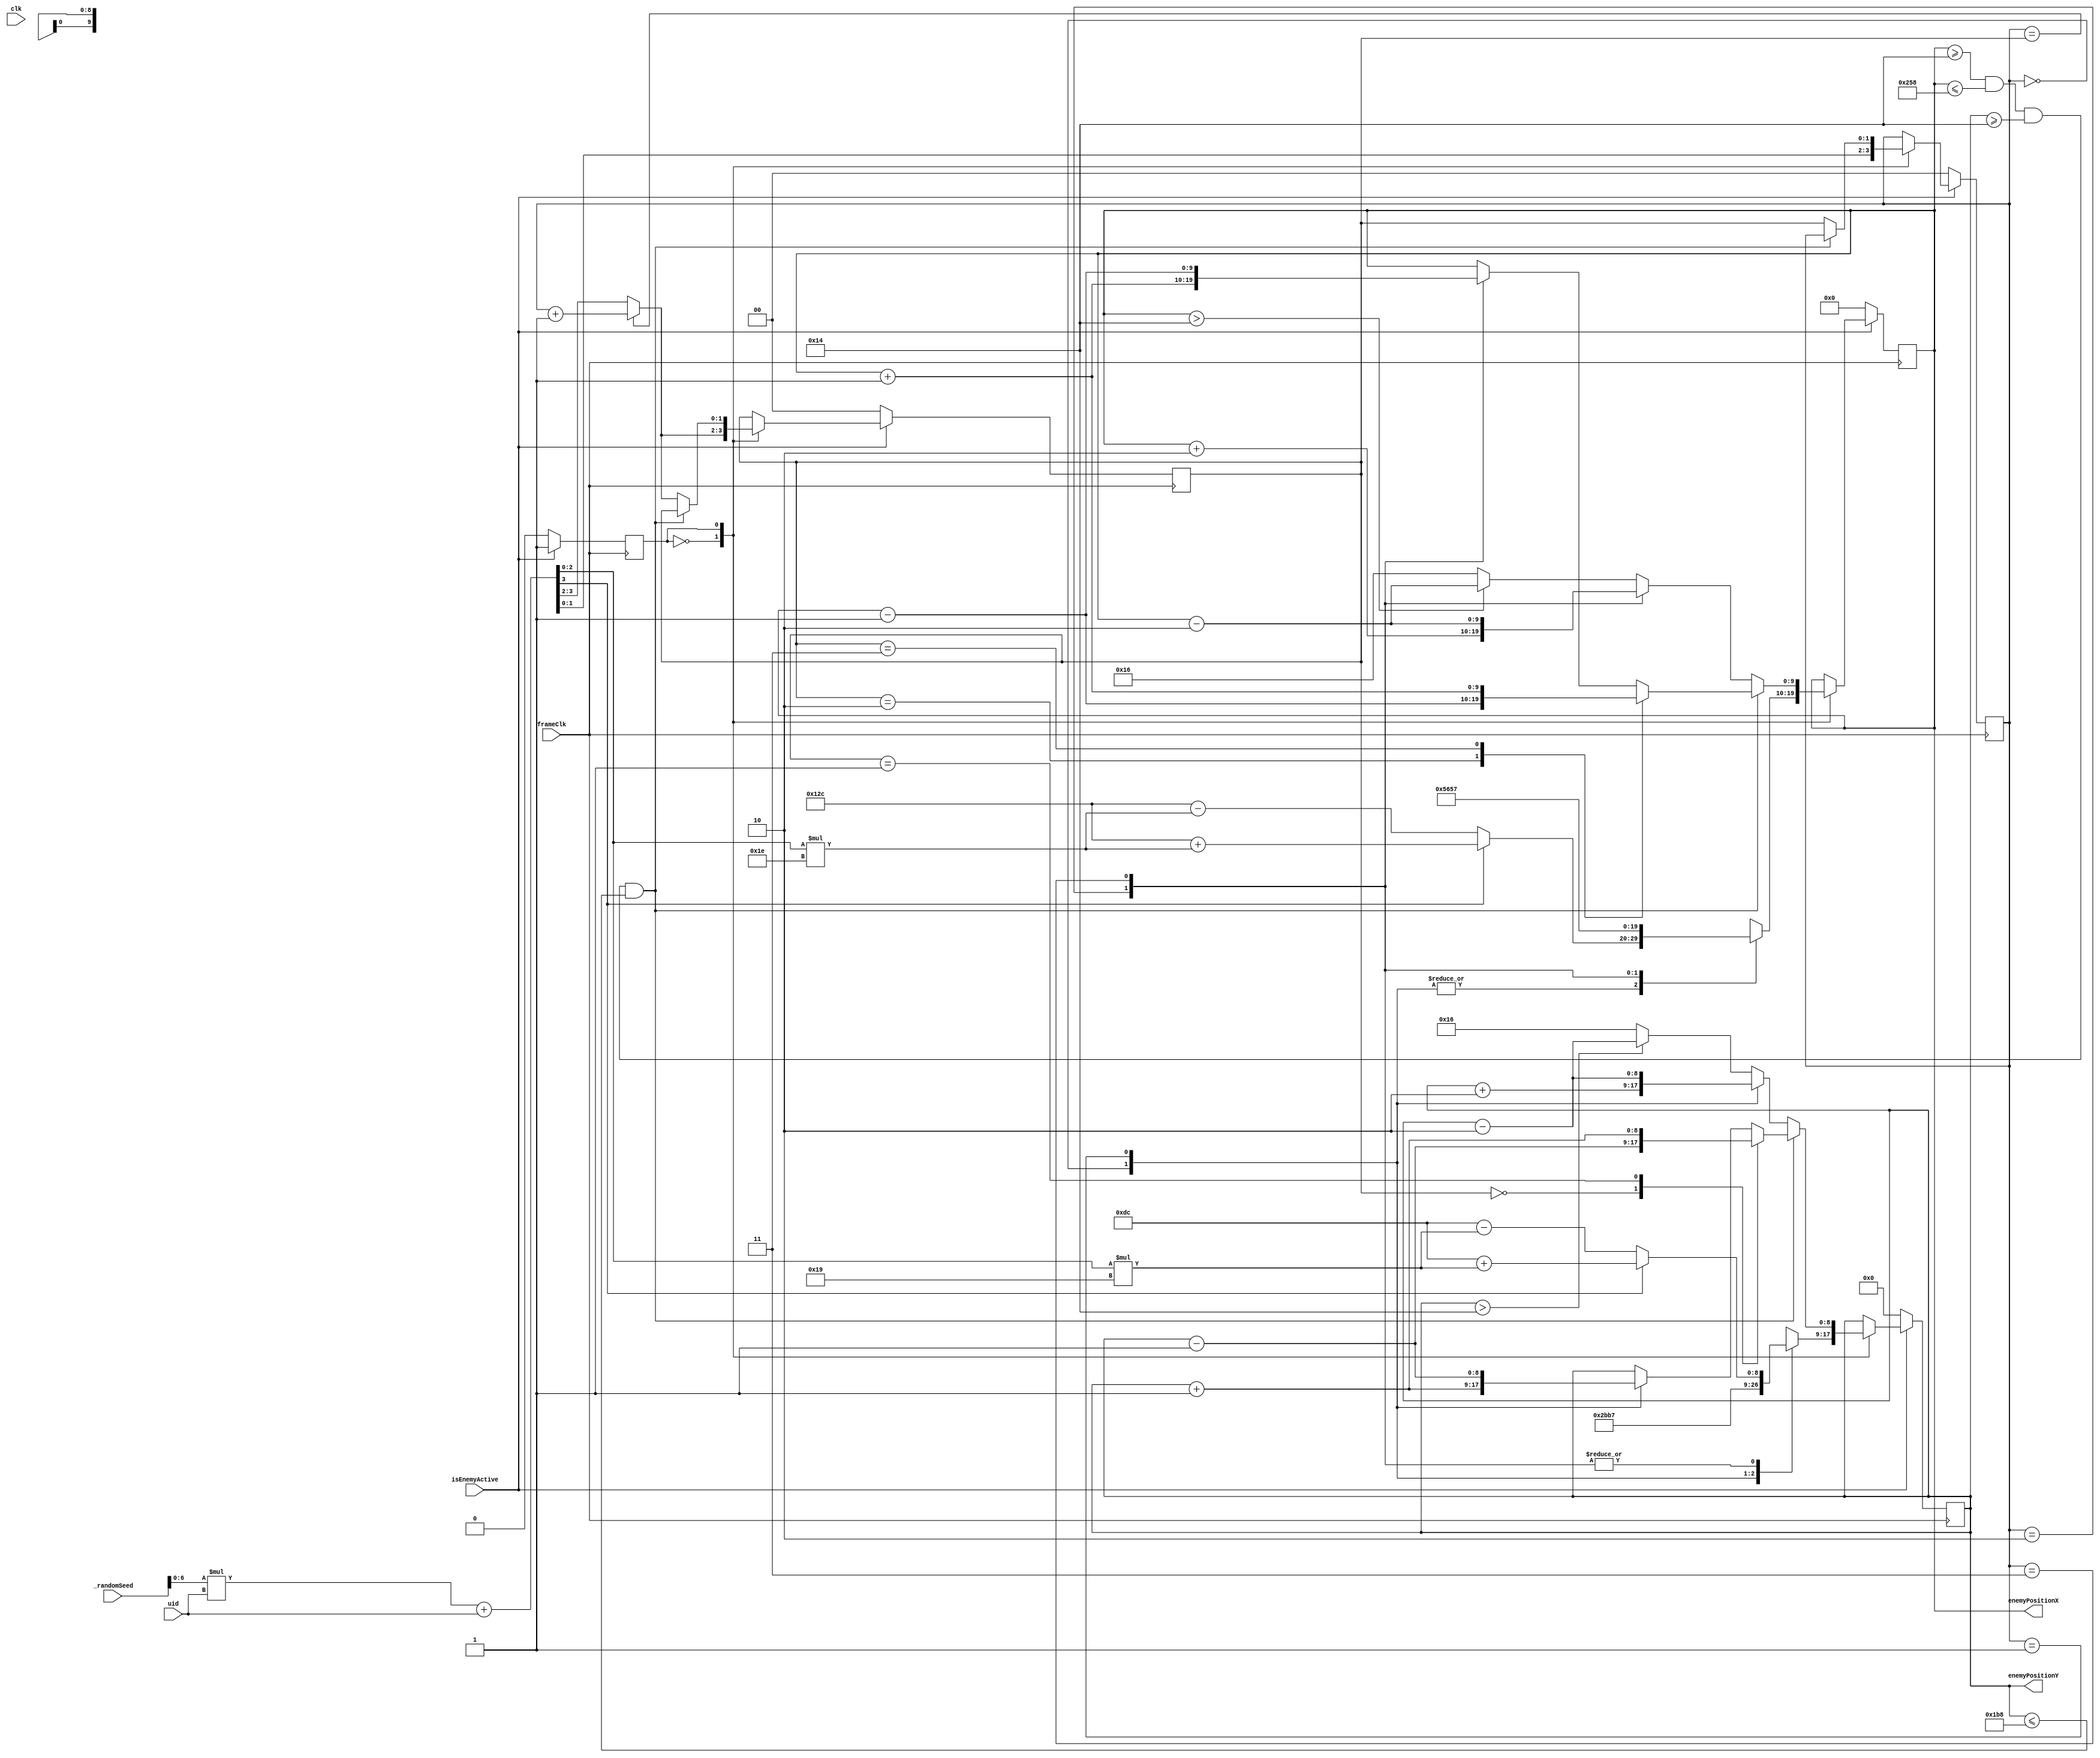
module enemyPosition(
	input clk,
	input frameClk,
	input isEnemyActive,
	input wire [7:0] _randomSeed,
	input [3:0] uid,
	output reg [9:0] enemyPositionX,
	output reg [8:0] enemyPositionY
);
	parameter top = 20;
	parameter bottom = 440;
	parameter center = 220;
	parameter left = 20;
	parameter right = 600;
	parameter middle = 300;
	parameter north = 2'b00;
	parameter south = 2'b01;
	parameter west = 2'b10;
	parameter east = 2'b11;

	
	reg [1:0] enemyDirectionFrom;
	reg [1:0] enemyDirectionTo;
	reg recentEnemyActive;
	reg [10:0] randomSeed;

	initial begin
		enemyPositionX     =  'd0;
		enemyPositionY     =  'd0;
		enemyDirectionFrom = 2'b00;
		enemyDirectionTo   = 2'b00;
		recentEnemyActive  = 1'b0;
		randomSeed         = 'd0;
	end

	always @(posedge frameClk) begin
		randomSeed = (_randomSeed[6:0] * uid)+uid;
		if(isEnemyActive == 1'b1) begin
			case(recentEnemyActive)
				1'b0: begin
					enemyDirectionFrom <= randomSeed[1:0];
					enemyDirectionTo   <= randomSeed[3:2];
					if(enemyDirectionFrom == enemyDirectionTo) begin
						enemyDirectionTo <= enemyDirectionFrom + 1;
					end

					case(enemyDirectionFrom)
						north: begin //from north
							if (randomSeed[3] == 1'b1) begin
								enemyPositionX <= middle + (randomSeed[2:0] * 30);
							end else begin
								enemyPositionX <= middle - (randomSeed[2:0] * 30);
							end
							// enemyPositionX <= middle;
							enemyPositionY <= top+1;
						end
						south: begin //from south
							if (randomSeed[3] == 1'b1) begin
								enemyPositionX <= middle + (randomSeed[2:0] * 30);
							end else begin
								enemyPositionX <= middle - (randomSeed[2:0] * 30);
							end
							// enemyPositionX <= middle;
							enemyPositionY <= bottom-1;
						end
						west: begin //from left
							enemyPositionX <= left+1;
							if (randomSeed[3] == 1'b1) begin
								enemyPositionY <= center + (randomSeed[2:0] * 25);
							end else begin
								enemyPositionY <= center - (randomSeed[2:0] * 25);
							end
							// enemyPositionY <= center;
						end
						east: begin //from right
							enemyPositionX <= right-1;
							if (randomSeed[3] == 1'b1) begin
								enemyPositionY <= center + (randomSeed[2:0] * 25);
							end else begin
								enemyPositionY <= center - (randomSeed[2:0] * 25);
							end
							// enemyPositionY <= center;
						end
					endcase
					recentEnemyActive <= 1'b1;
				end
				1'b1: begin
					if (enemyPositionX >= left && enemyPositionX <= right && enemyPositionY >= top && enemyPositionY <= bottom) begin
						case(enemyDirectionFrom)
							north: begin //from north
								enemyPositionY <= enemyPositionY + 1;
							end
							south: begin //from south
								enemyPositionY <= enemyPositionY - 1;
							end
							west: begin //from left
								enemyPositionX <= enemyPositionX + 1;
							end
							east: begin //from right
								enemyPositionX <= enemyPositionX - 1;
							end
						endcase
						case(enemyDirectionTo)
							north: begin //to north
								// if (enemyDirectionFrom != south) begin
									enemyPositionY <= enemyPositionY - 1;
								// end
							end
							south: begin //to south
								// if (enemyDirectionFrom != north) begin
									enemyPositionY <= enemyPositionY + 1;
								// end
							end
							west: begin //to left
								// if (enemyDirectionFrom != east) begin
									enemyPositionX <= enemyPositionX - 1;
								// end
							end
							east: begin //to right
								// if (enemyDirectionFrom != west) begin
									enemyPositionX <= enemyPositionX + 1;
								// end
							end
						endcase
					end else begin
						enemyDirectionFrom <= enemyDirectionTo;
						enemyDirectionTo   <= randomSeed[3:2];
						if(enemyDirectionFrom == enemyDirectionTo) begin
							enemyDirectionTo <= enemyDirectionFrom + 1;
						end

						if (enemyPositionY > top) begin
							enemyPositionY <= enemyPositionY - 2;
						end else begin
							enemyPositionY <= top + 2;
						end
						
						if (enemyPositionX > left) begin
							enemyPositionX <= enemyPositionX - 2;
						end else begin
							enemyPositionX <= left + 2;
						end

						case(enemyDirectionFrom)
							north: begin //from north
								enemyPositionY <= enemyPositionY + 2;
							end
							south: begin //from south
								enemyPositionY <= enemyPositionY - 2;
							end
							west: begin //from left
								enemyPositionX <= enemyPositionX + 2;
							end
							east: begin //from right
								enemyPositionX <= enemyPositionX - 2;
							end
						endcase
					end
				end
			endcase
		end else begin
			enemyPositionX     <=  'd0;
			enemyPositionY     <=  'd0;
			enemyDirectionFrom <= 2'b00;
			enemyDirectionTo   <= 2'b00;
			recentEnemyActive  <= 1'b0;
		end
	end
endmodule